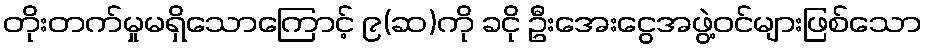
တိုးတက်မှုမရှိသောကြောင့် ၉(ဆ)ကို ခငို ဦးအေးငွေအဖွဲ့ဝင်များဖြစ်သော